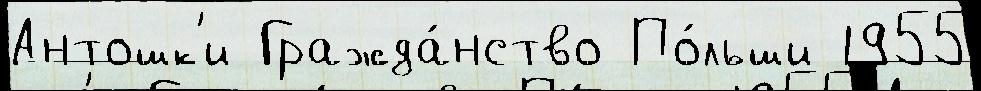
Антошк'и Гражда́нство По́льши 1955